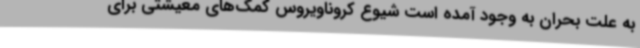
به علت بحران به وجود آمده است شیوع کروناویروس کمک‌های معیشتی برای